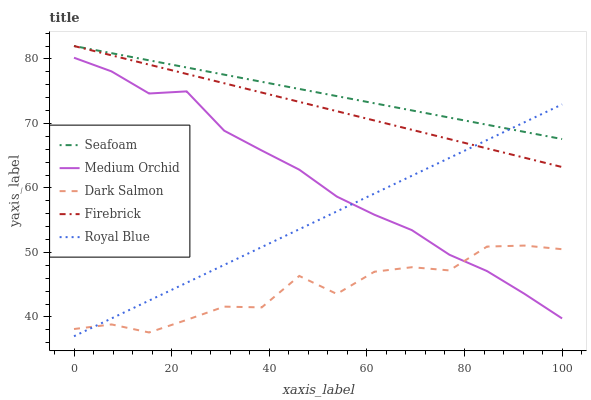
| xaxis_label | Seafoam | Medium Orchid | Dark Salmon | Firebrick | Royal Blue |
 | --- | --- | --- | --- | --- | --- |
 | 0 | 82 | 80.2 | 38.1 | 82 | 37 |
 | 7.69 | 80.9 | 78.1 | 38.8 | 80.6 | 39.8 |
 | 15.4 | 79.8 | 74.6 | 37.6 | 79.1 | 42.5 |
 | 23.1 | 78.7 | 75 | 39.5 | 77.7 | 45.3 |
 | 30.8 | 77.6 | 68.9 | 41.6 | 76.2 | 48.1 |
 | 38.5 | 76.5 | 65.8 | 41.5 | 74.8 | 50.8 |
 | 46.2 | 75.3 | 62.8 | 46.4 | 73.3 | 53.6 |
 | 53.8 | 74.2 | 58.7 | 43.6 | 71.9 | 56.4 |
 | 61.5 | 73.1 | 55.8 | 47 | 70.5 | 59.1 |
 | 69.2 | 72 | 53.4 | 47.7 | 69 | 61.9 |
 | 76.9 | 70.9 | 49.6 | 47.2 | 67.6 | 64.7 |
 | 84.6 | 69.8 | 47.1 | 50.9 | 66.1 | 67.4 |
 | 92.3 | 68.7 | 43.6 | 51.1 | 64.7 | 70.2 |
 | 100 | 67.6 | 39.8 | 50.5 | 63.2 | 72.9 |